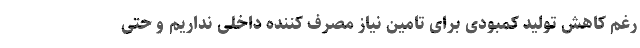
رغم کاهش تولید کمبودی برای تامین نیاز مصرف کننده داخلی نداریم و حتی